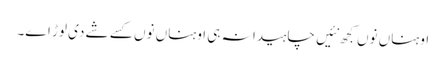
اوہناں نوں کجھ نئیں چاہیدا نہ ہی اوہناں نوں کسے شے دی لوڑ اے۔